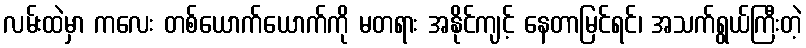
လမ်းထဲမှာ ကလေး တစ်ယောက်ယောက်ကို မတရား အနိုင်ကျင့် နေတာမြင်ရင်၊ အသက်ရွယ်ကြီးတဲ့